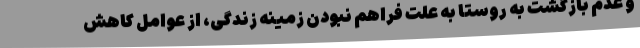
و عدم بازگشت به روستا به علت فراهم نبودن زمینه زندگی، از عوامل کاهش